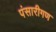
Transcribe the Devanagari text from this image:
पंसारीगण